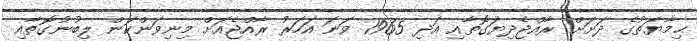
ޙިމާޔަތުގެ ދަށަށް ރާއްޖެދިޔަގޮތާއި އަދި 1965 ވަނަ އަހަރު ރާއްޖެއަށް މިނިވަންކަން ލިބުނުގޮތާއި